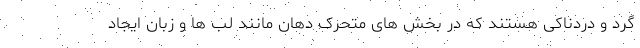
گرد و دردناکی هستند که در بخش های متحرک دهان مانند لب ها و زبان ایجاد